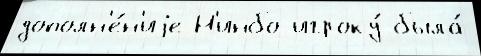
дополн'е́н'иjе Н'инбо игроку́ была́